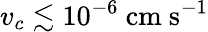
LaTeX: v_{c}\lesssim 10^{-6}\ \mathrm{cm\ s^{-1}}